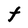
Character: t